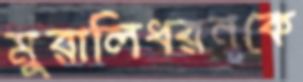
মুরালিধরনকে